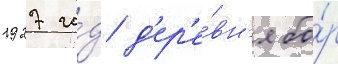
1927 го́д д'ер'е́вн'я бо́р